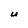
Character: U